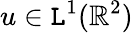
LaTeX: u\in\mathtt{L}^{1}(\mathbb{{R}}^{2})